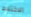
الاختلاط